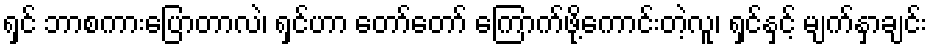
ရှင် ဘာစကားပြောတာလဲ၊ ရှင်ဟာ တော်တော် ကြောက်ဖို့ကောင်းတဲ့လူ၊ ရှင်နှင့် မျက်နှာချင်း